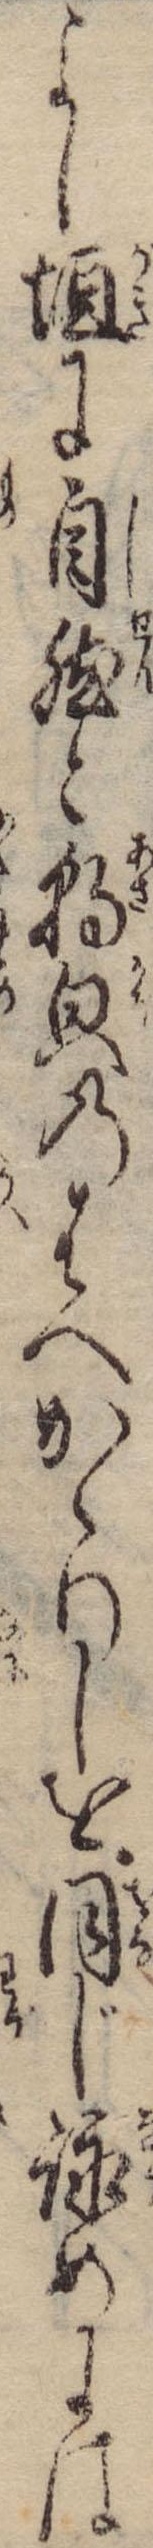
よし垣に自然と朝貌のはへかゝりしを同じ詠めには